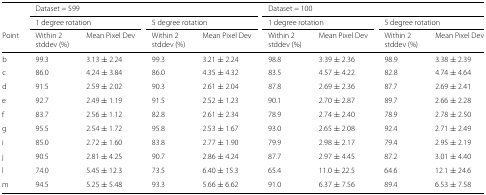
<table><thead><tr><td></td><td colspan="4"><b>Dataset = 599</b></td><td colspan="4"><b>Dataset = 100</b></td></tr><tr><td></td><td colspan="2"><b>1 degree rotation</b></td><td colspan="2"><b>5 degree rotation</b></td><td colspan="2"><b>1 degree rotation</b></td><td colspan="2"><b>5 degree rotation</b></td></tr><tr><td><b>Point</b></td><td><b>Within 2 stddev (%)</b></td><td><b>Mean Pixel Dev</b></td><td><b>Within 2 stddev (%)</b></td><td><b>Mean Pixel Dev</b></td><td><b>Within 2 stddev (%)</b></td><td><b>Mean Pixel Dev</b></td><td><b>Within 2 stddev (%)</b></td><td><b>Mean Pixel Dev</b></td></tr></thead><tbody><tr><td>b</td><td>99.3</td><td>3.13±2.24</td><td>99.3</td><td>3.21±2.24</td><td>98.8</td><td>3.39±2.36</td><td>98.9</td><td>3.38±2.39</td></tr><tr><td>c</td><td>86.0</td><td>4.24±3.84</td><td>86.0</td><td>4.35±4.32</td><td>83.5</td><td>4.57±4.22</td><td>82.8</td><td>4.74±4.64</td></tr><tr><td>d</td><td>91.5</td><td>2.59±2.02</td><td>90.3</td><td>2.61±2.04</td><td>87.8</td><td>2.69±2.36</td><td>87.7</td><td>2.69±2.41</td></tr><tr><td>e</td><td>92.7</td><td>2.49±1.19</td><td>91.5</td><td>2.52±1.23</td><td>90.1</td><td>2.70±2.87</td><td>89.7</td><td>2.66±2.28</td></tr><tr><td>f</td><td>83.7</td><td>2.56±1.12</td><td>82.8</td><td>2.61±2.34</td><td>78.9</td><td>2.74±2.40</td><td>78.9</td><td>2.78±2.50</td></tr><tr><td>g</td><td>95.5</td><td>2.54±1.72</td><td>95.8</td><td>2.53±1.67</td><td>93.0</td><td>2.65±2.08</td><td>92.4</td><td>2.71±2.49</td></tr><tr><td>i</td><td>85.0</td><td>2.72±1.60</td><td>83.8</td><td>2.77±1.90</td><td>79.9</td><td>2.98±2.17</td><td>79.4</td><td>2.95±2.19</td></tr><tr><td>j</td><td>90.5</td><td>2.81±4.25</td><td>90.7</td><td>2.86±4.24</td><td>87.7</td><td>2.97±4.45</td><td>87.2</td><td>3.01±4.40</td></tr><tr><td>l</td><td>74.0</td><td>5.45±12.3</td><td>73.5</td><td>6.40±15.3</td><td>65.4</td><td>11.0±22.5</td><td>64.6</td><td>12.1±24.6</td></tr><tr><td>m</td><td>94.5</td><td>5.25±5.48</td><td>93.3</td><td>5.66±6.62</td><td>91.0</td><td>6.37±7.56</td><td>89.4</td><td>6.53±7.58</td></tr></tbody></table>